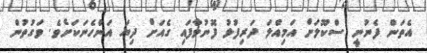
އެތަން ފެނުނީ ސްކޫލަށް އަމިއްލަ ދަރިފުޅު ފޮނުވާފައި ގެއަށް ދިޔަ އަންހެނަކަށެވެ. ވަގުތުން